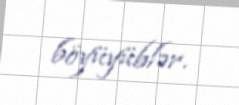
böyüyüblər.